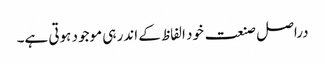
دراصل صنعت خود الفاظ کے اندر ہی موجود ہوتی ہے۔